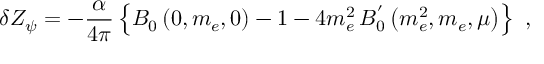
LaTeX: \delta Z _ { \psi } = - \frac { \alpha } { 4 \pi } \left\{ B _ { 0 } \left( 0 , m _ { e } , 0 \right) - 1 - 4 m _ { e } ^ { 2 } \, B _ { 0 } ^ { ' } \left( m _ { e } ^ { 2 } , m _ { e } , \mu \right) \right\} \, \, ,